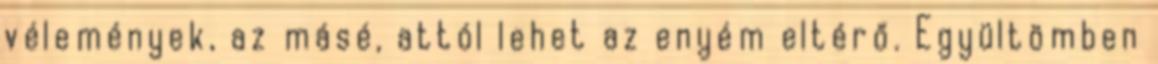
vélemények, az másé, attól lehet az enyém eltérő. Együltömben